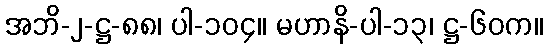
အဘိ-၂-ဋ္ဌ-၈၈၊ ပါ-၁၀၄။ မဟာနိ-ပါ-၁၃၊ ဋ္ဌ-၆၀က။